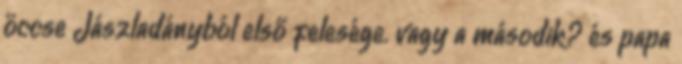
öccse Jászladányból első felesége. vagy a második? és papa